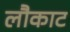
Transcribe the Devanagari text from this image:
लौकाट